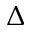
\Delta